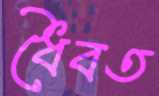
ধৈবত